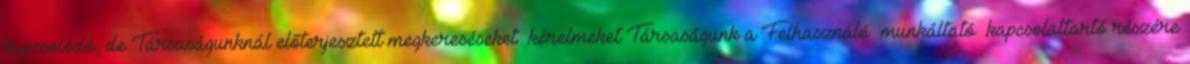
kapcsolódó, de Társaságunknál előterjesztett megkereséseket kérelmeket Társaságunk a Felhasználó munkáltató kapcsolattartó részére